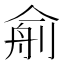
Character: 𰂙